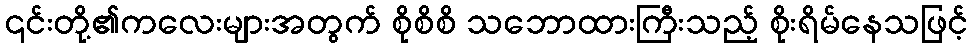
၎င်းတို့၏ကလေးများအတွက် စိုစိစိ သဘောထားကြီးသည့် စိုးရိမ်နေသဖြင့်